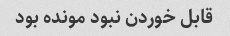
قابل خوردن نبود مونده بود